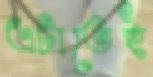
এটাতেই